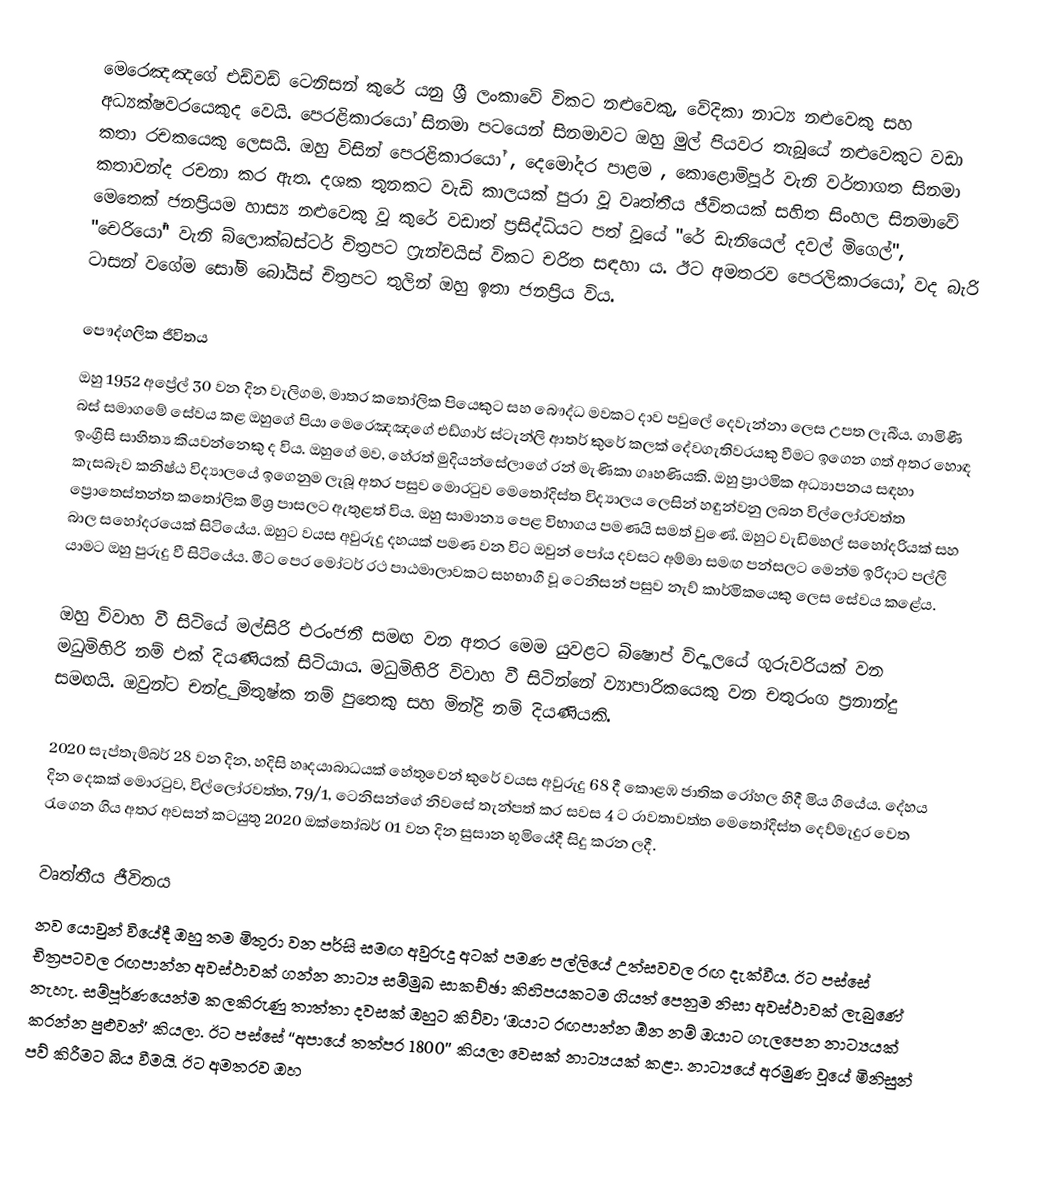
මෙරෙඤඤගේ එඩ්වඩ් ටෙනිසන් කුරේ යනු ශ්‍රී ලංකාවේ විකට නළුවෙකු, වේදිකා නාට්‍ය නළුවෙකු සහ අධ්‍යක්ෂවරයෙකුද වෙයි. පෙරළිකාරයෝ සිනමා පටයෙන් සිනමාවට ඔහු මුල් පියවර තැබූයේ නළුවෙකුට වඩා කතා රචකයෙකු ලෙසයි. ඔහු විසින් පෙරළිකාරයෝ , දෙමෝදර පාළම , කොළොම්පූර් වැනි වර්තාගත සිනමා කතාවන්ද රචනා කර ඇත. දශක තුනකට වැඩි කාලයක් පුරා වූ වෘත්තීය ජීවිතයක් සහිත සිංහල සිනමාවේ මෙතෙක් ජනප්‍රියම හාස්‍ය නළුවෙකු වූ කුරේ වඩාත් ප්‍රසිද්ධියට පත් වූයේ "රේ ඩැනියෙල් දවල් මිගෙල්", "චෙරියෝ" වැනි බ්ලොක්බස්ටර් චිත්‍රපට ෆ්‍රැන්චයිස් විකට චරිත සඳහා ය. ඊට අමතරව පෙරලිකාරයෝ, වද බැරි ටාසන් වගේම සෝමි බෝයිස් චිත්‍රපට තුලින් ඔහු ඉතා ජනප්‍රිය විය.

පෞද්ගලික ජීවිතය
ඔහු 1952 අප්‍රේල් 30 වන දින වැලිගම, මාතර කතෝලික පියෙකුට සහ බෞද්ධ මවකට දාව පවුලේ දෙවැන්නා ලෙස උපත ලැබීය. ගාමිණී බස් සමාගමේ සේවය කළ ඔහුගේ පියා මෙරෙඤඤගේ එඩ්ගාර් ස්ටැන්ලි ආතර් කුරේ කලක් දේවගැතිවරයකු වීමට ඉගෙන ගත් අතර හොඳ ඉංග්‍රීසි සාහිත්‍ය කියවන්නෙකු ද විය. ඔහුගේ මව, හේරත් මුදියන්සේලාගේ රන් මැණිකා ගෘහණියකි. ඔහු ප්‍රාථමික අධ්‍යාපනය සඳහා කැසබෑව කනිෂ්ඨ විද්‍යාලයේ ඉගෙනුම ලැබූ අතර පසුව මොරටුව මෙතෝදිස්ත විද්‍යාලය ලෙසින් හඳුන්වනු ලබන විල්ලෝරවත්ත ප්‍රොතෙස්තන්ත කතෝලික මිශ්‍ර පාසලට ඇතුළත් විය. ඔහු සාමාන්‍ය පෙළ විභාගය පමණයි සමත් වුණේ. ඔහුට වැඩිමහල් සහෝදරියක් සහ බාල සහෝදරයෙක් සිටියේය. ඔහුට වයස අවුරුදු දහයක් පමණ වන විට ඔවුන් පෝය දවසට අම්මා සමඟ පන්සලට මෙන්ම ඉරිදාට පල්ලි යාමට ඔහු පුරුදු වී සිටියේය. මීට පෙර මෝටර් රථ පාඨමාලාවකට සහභාගී වූ ටෙනිසන් පසුව නැව් කාර්මිකයෙකු ලෙස සේවය කළේය.

ඔහු විවාහ වී සිටියේ මල්සිරි එරංජනී සමඟ වන අතර මෙම යුවළට බිෂොප් විද්‍යාලයේ ගුරුවරියක් වන මධුමිහිරි නම් එක් දියණියක් සිටියාය. මධුමිහිරි විවාහ වී සිටින්නේ ව්‍යාපාරිකයෙකු වන චතුරංග ප්‍රනාන්දු සමඟයි. ඔවුන්ට චන්ද්‍රු මිතුෂ්ක නම් පුතෙකු සහ මින්ද්‍රි නම් දියණියකි.

2020 සැප්තැම්බර් 28 වන දින, හදිසි හෘදයාබාධයක් හේතුවෙන් කුරේ වයස අවුරුදු 68 දී කොළඹ ජාතික රෝහල හිදී මිය ගියේය. දේහය දින දෙකක් මොරටුව, විල්ලෝරවත්ත, 79/1, ටෙනිසන්ගේ නිවසේ තැන්පත් කර සවස 4 ට රාවතාවත්ත මෙතෝදිස්ත දෙව්මැදුර වෙත රැගෙන ගිය අතර අවසන් කටයුතු 2020 ඔක්තෝබර් 01 වන දින සුසාන භූමියේදී සිදු කරන ලදී.

වෘත්තීය ජීවිතය
නව යොවුන් වියේදී ඔහු තම මිතුරා වන පර්සි සමඟ අවුරුදු අටක් පමණ පල්ලියේ උත්සවවල රඟ දැක්වීය. ඊට පස්සේ චිත්‍රපටවල රඟපාන්න අවස්ථාවක් ගන්න නාට්‍ය සම්මුඛ සාකච්ඡා කිහිපයකටම ගියත් පෙනුම නිසා අවස්ථාවක් ලැබුණේ නැහැ. සම්පූර්ණයෙන්ම කලකිරුණු තාත්තා දවසක් ඔහුට කිව්වා ‘ඔයාට රඟපාන්න ඕන නම් ඔයාට ගැලපෙන නාට්‍යයක් කරන්න පුළුවන්’ කියලා. ඊට පස්සේ ‘‘අපායේ තත්පර 1800’’ කියලා වෙසක් නාට්‍යයක් කළා. නාට්‍යයේ අරමුණ වූයේ මිනිසුන් පව් කිරීමට බිය වීමයි. ඊට අමතරව ඔහ